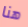
هنا